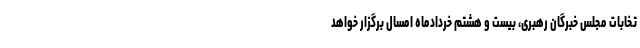
تخابات مجلس خبرگان رهبری، بیست و هشتم خردادماه امسال برگزار خواهد